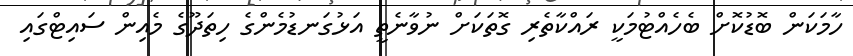
ހާމަކަން ބޮޑުކޮށް ބެހެއްޓުމަކީ ރައްކާތެރި ގޮތަކަށް ނުވާނެތީ އަޅުގަނޑުމެންގެ ހިތަދޫގެ މެއިން ސައިޓްގައި